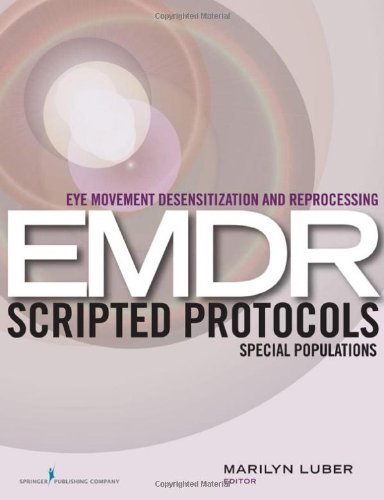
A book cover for Eye Movement Desensitization and Reprocessing (EMDR) Scripted Protocols: Special Populations; Medical Books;